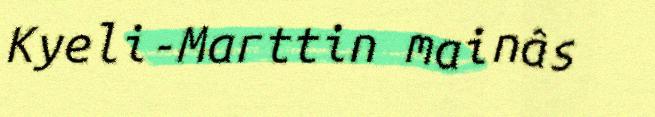
Kyeli-Marttin mainâs